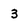
Character: 3